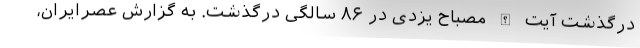
درگذشت آیت الله مصباح یزدی در ۸۶ سالگی درگذشت. به گزارش عصرایران،